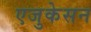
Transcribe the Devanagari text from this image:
एजुकेसन